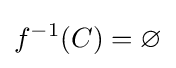
f^{-1}(C)=\varnothing